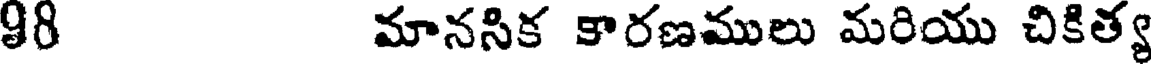
98 మానసిక కారణములు మరియు చికిత్య